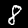
Digit: 8